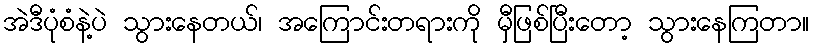
အဲဒီပုံစံနဲ့ပဲ သွားနေတယ်၊ အကြောင်းတရားကို မှီဖြစ်ပြီးတော့ သွားနေကြတာ။